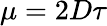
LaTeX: \mu=2D\tau